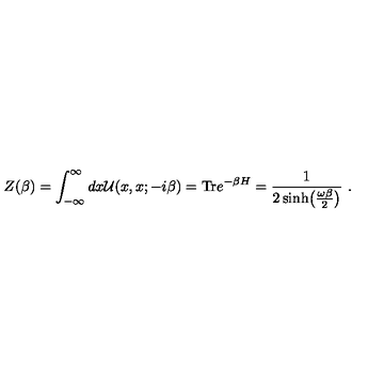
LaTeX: Z ( \beta ) = \int _ { - \infty } ^ { \infty } d x { \cal U } ( x , x ; - i \beta ) = \mathrm { T r } e ^ { - \beta H } = { \frac { 1 } { 2 \sinh \bigl ( { \frac { \omega \beta } { 2 } } \bigr ) } } \ .